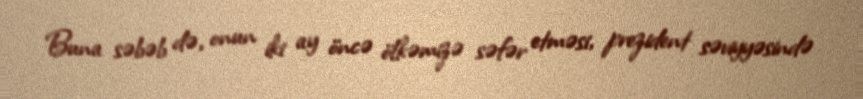
Buna səbəb də, onun iki ay öncə ölkəmizə səfər etməsi, prezident səviyyəsində